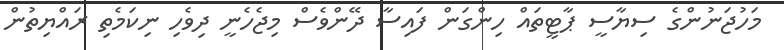
މަހުޖަނުންގެ ސިޔާސީ ޕާޓީތައް ހިންގަން ފައިސާ ދޭންވެސް މިޖެހެނީ ދިވެހި ނިކަމެތި ރައްޔިތުން